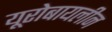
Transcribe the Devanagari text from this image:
यूरोबायलीन